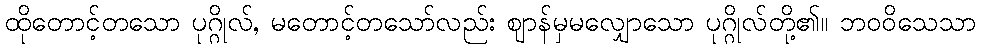
ထိုတောင့်တသော ပုဂ္ဂိုလ်, မတောင့်တသော်လည်း ဈာန်မှမလျှောသော ပုဂ္ဂိုလ်တို့၏။ ဘဝဝိသေသာ